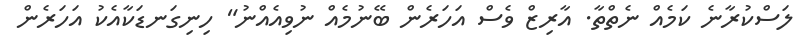
ލަސްކުރާނެ ކަމެއް ނެތްތާ. އާރިޒް ވެސް އަހަރެން ބޭނުމެއް ނުވިއެއްނު" ހިނިގަނޑަކާއެކު އަހަރެން